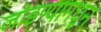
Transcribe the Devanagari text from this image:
जोडण्यामधून